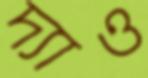
দ্যাও